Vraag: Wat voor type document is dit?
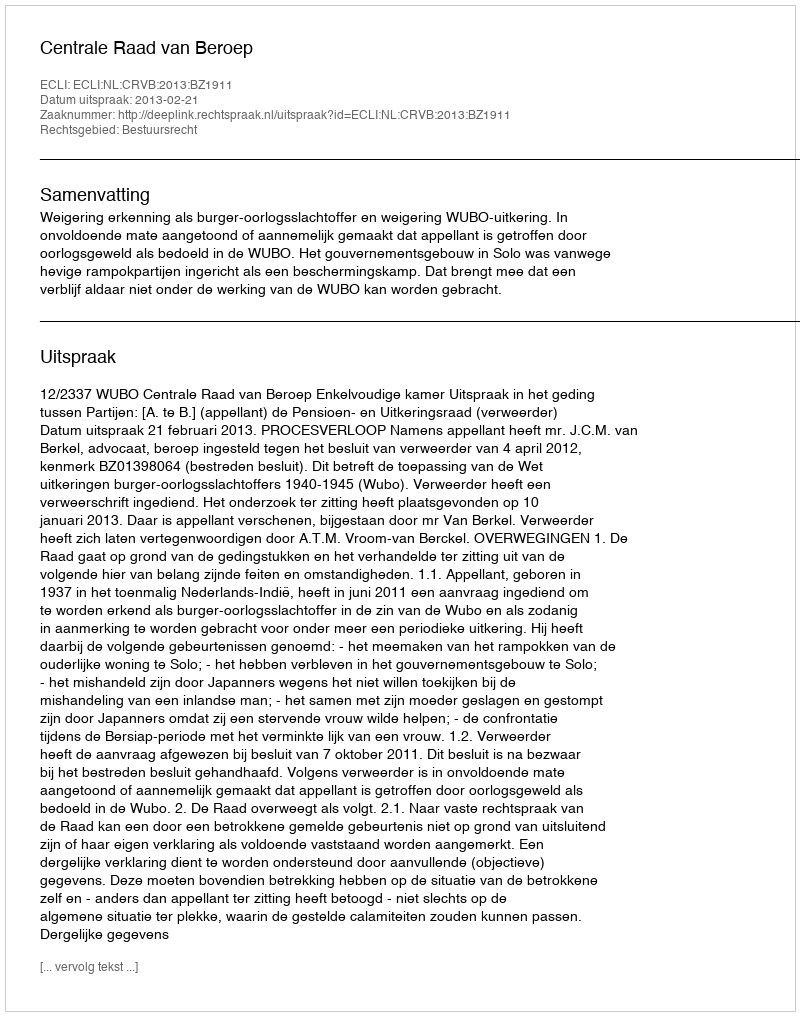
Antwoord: Uitspraak